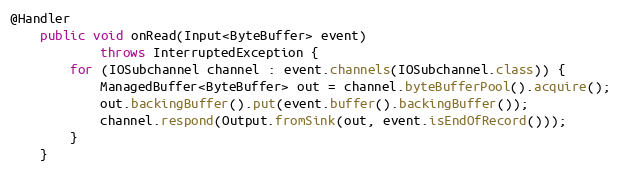
Language: Java
@Handler
    public void onRead(Input<ByteBuffer> event)
            throws InterruptedException {
        for (IOSubchannel channel : event.channels(IOSubchannel.class)) {
            ManagedBuffer<ByteBuffer> out = channel.byteBufferPool().acquire();
            out.backingBuffer().put(event.buffer().backingBuffer());
            channel.respond(Output.fromSink(out, event.isEndOfRecord()));
        }
    }